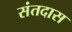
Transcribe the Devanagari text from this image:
संतदास